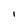
Character: 1